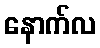
နောက်လ